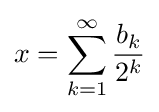
x=\sum _{k=1}^{\infty }{\frac {b_{k}}{2^{k}}}